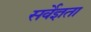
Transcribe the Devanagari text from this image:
सर्वेज्ञता